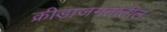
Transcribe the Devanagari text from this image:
क्रीडाजगतातील